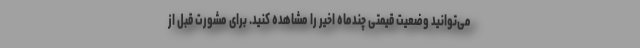
می‌توانید وضعیت قیمتی چندماه اخیر را مشاهده کنید. برای مشورت قبل از